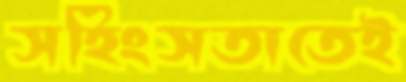
সহিংসতাতেই